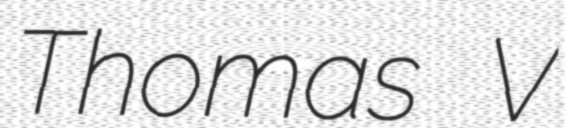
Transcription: Thomas V